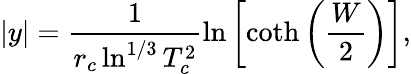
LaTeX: |y|=\frac{1}{r_{c}\ln^{1/3}T_{c}^{2}}\ln\left[\coth\left(\frac{W}{2}\right)\right],